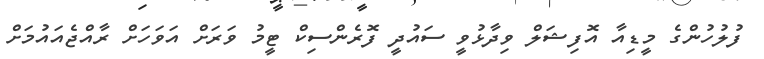
ފުލުހުންގެ މީޑިއާ އޮފިޝަލް ވިދާޅުވީ ސައުދީ ފޮރެންސިކް ޓީމު ވަރަށް އަވަހަށް ރާއްޖެއައުމަށް